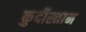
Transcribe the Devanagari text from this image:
कुर्दीस्तान